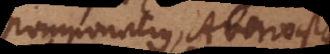
Pomponatius, Averroistae,